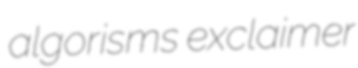
algorisms exclaimer